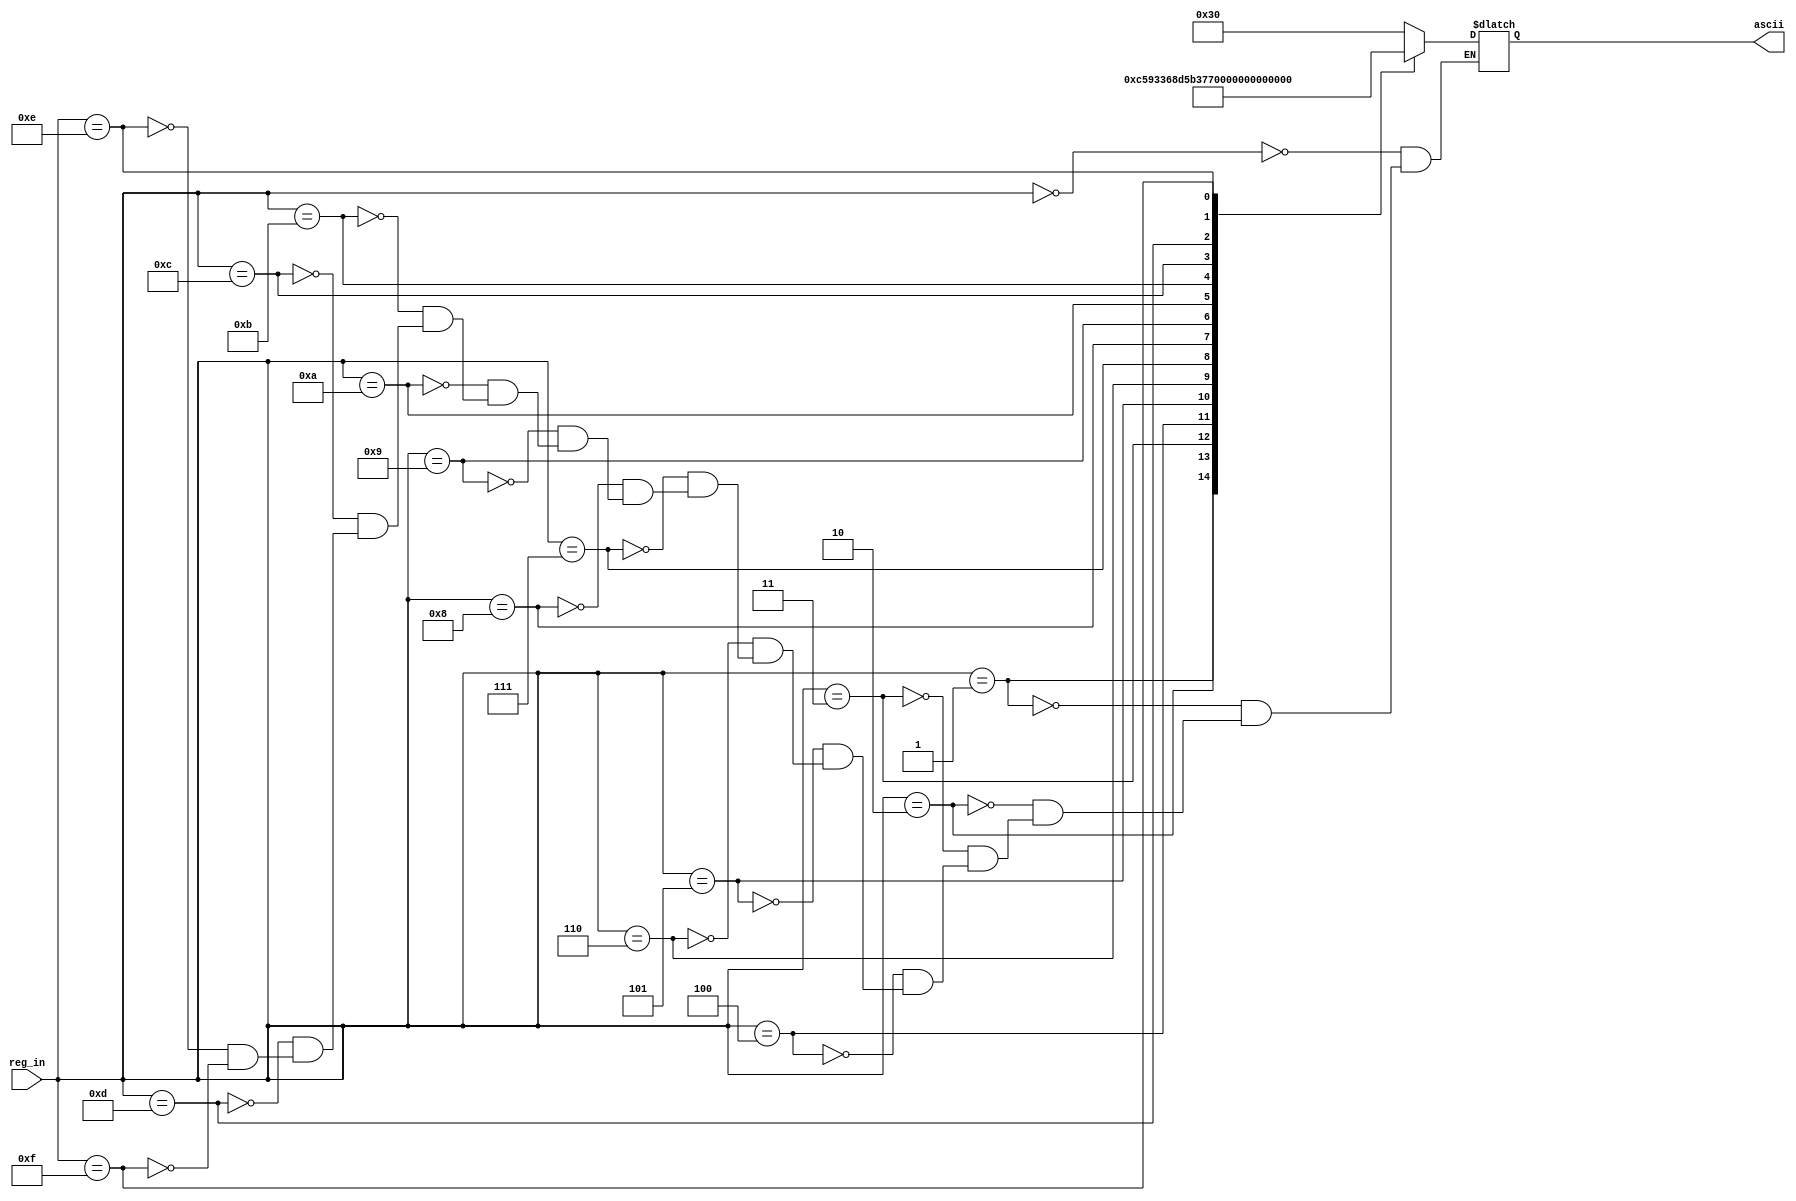
module RegToAscii(input [31:0] reg_in, output reg [6:0] ascii);

always@*
    case(reg_in)
        32'd0: ascii = 7'h30; //0
        32'd1: ascii = 7'h31;
        32'd2: ascii = 7'h32;
        32'd3: ascii = 7'h33;
        32'd4: ascii = 7'h34;
        32'd5: ascii = 7'h35;
        32'd6: ascii = 7'h36;
        32'd7: ascii = 7'h37;
        32'd8: ascii = 7'h38;
        32'd9: ascii = 7'h39; //9
        32'd10: ascii = 7'h41; //A
        32'd11: ascii = 7'h42; //B
        32'd12: ascii = 7'h43; //C
        32'd13: ascii = 7'h44; //D
        32'd14: ascii = 7'h45; //E
        32'd15: ascii = 7'h46; //F
    endcase

endmodule